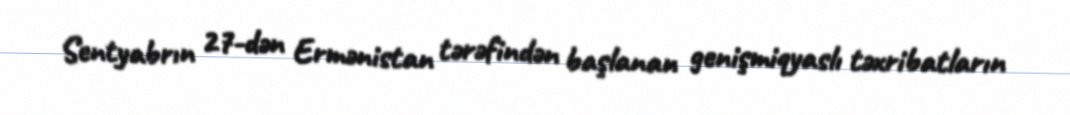
Sentyabrın 27-dən Ermənistan tərəfindən başlanan genişmiqyaslı təxribatların